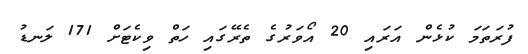
ފުރަތަމަ ކުޅެން އަރައި 20 އޯވަރުގެ ތެރޭގައި ހަތް ވިކެޓަށް 171 ލަނޑު